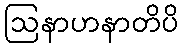
ဩနာဟနာတိပိ